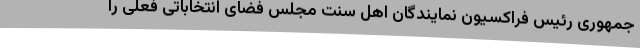
جمهوری رئیس فراکسیون نمایندگان اهل سنت مجلس فضای انتخاباتی فعلی را